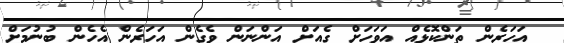
އަހަރެން ތަންކޮޅެއް އަވަހަށް ގެއަށް އަންނަން ވެގެން އަހަރެން އެހެން ބުނުމަށް